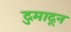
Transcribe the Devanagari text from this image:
दुमादून